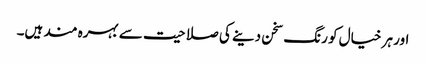
اور ہر خیال کو رنگ سخن دینے کی صلاحیت سے بہرہ مند ہیں۔